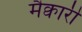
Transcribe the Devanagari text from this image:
मैक्वारी